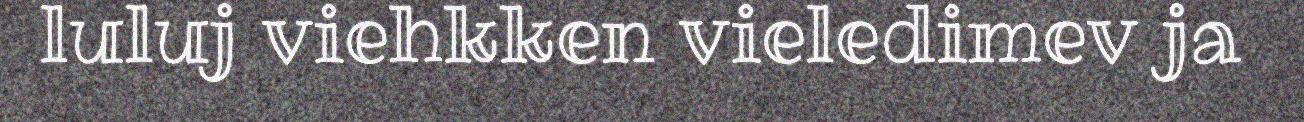
luluj viehkken vieledimev ja